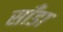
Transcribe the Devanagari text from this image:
साँडा